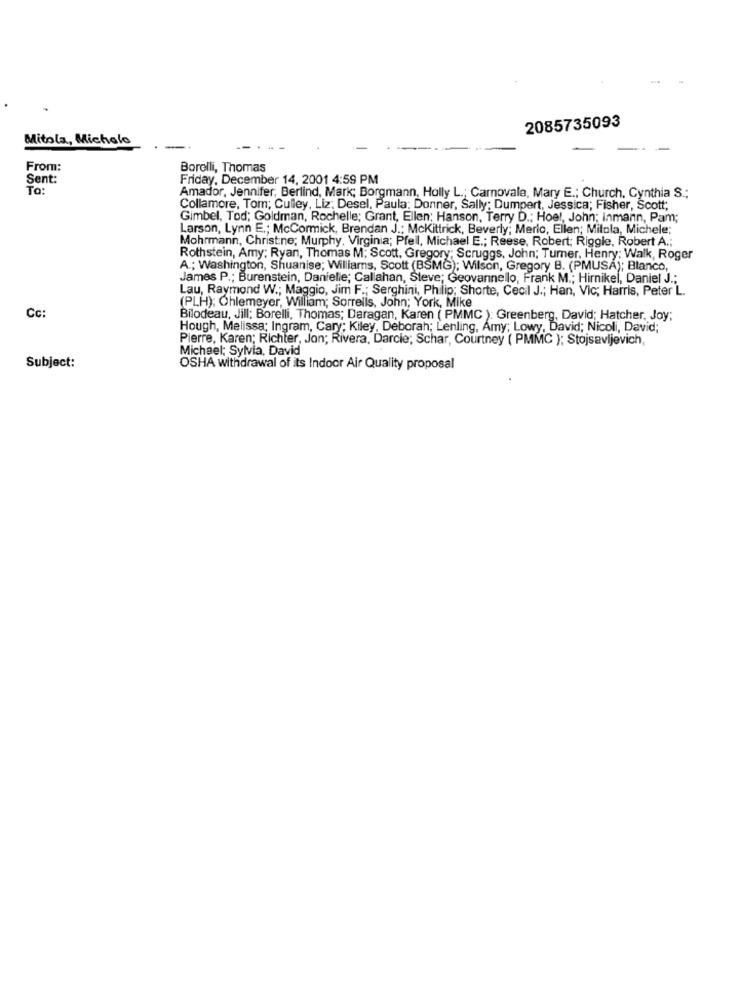
2085735093
Mitola, Michalo
From:
Borelli, Thomas
Sent:
Friday, December 14, 2001 4:59 PM
To:
Amador, Jennifer, Berlind, Mark; Borgmann, Holly L .; Carnovale, Mary E .; Church. Cynthia S .;
Collamore, Tom; Culley, Liz; Desel, Paula: Donner, Sally; Dumpert, Jessica; Fisher, Scott;
Gimbel, Tod; Goldman, Rochelle; Grant, Ellen; Hanson, Terry D .: Hoel, John; Inmann, Pam;
Larson, Lynn E .; McCormick, Brendan J .: Mckittrick, Beverly; Merlo, Ellen; Mitola, Michele;
Mohrmann, Christine; Murphy, Virginia; Pfeil, Michael E .; Reese, Robert; Riggle, Robert A .;
Rothstein, Amy; Ryan, Thomas M; Scott, Gregory; Scruggs, John; Turner, Henry: Walk, Roger
A .; Washington, Shuanise; Williams, Scott (BSMG); Wilson, Gregory B. (PMUSA); Blanco,
James P .; Burenstein, Danielle; Callahan, Steve; Geovannello, Frank M .; Hirnikel, Daniel J .;
Lau, Raymond W .; Maggio, Jim F .; Serghini, Philip; Shorte, Cecil J .; Han, Vic; Harris, Peter L.
(PLH); Ohlemeyer, William; Sorrells, John; York, Mike
Cc:
Bilodeau, Jill: Borelli, Thomas; Daragan, Karen ( PMMC ): Greenberg, David; Hatcher, Joy;
Hough, Melissa; Ingram, Cary; Kiley, Deborah; Lenling, Amy; Lowy, David; Nicoli, David;
Pierre, Karen; Richter, Jon; Rivera, Darcie; Schar, Courtney ( PMMC ); Stojsavljevich,
Michael; Sylvia, David
Subject:
OSHA withdrawal of its Indoor Air Quality proposal